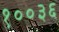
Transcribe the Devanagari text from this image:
१००३६